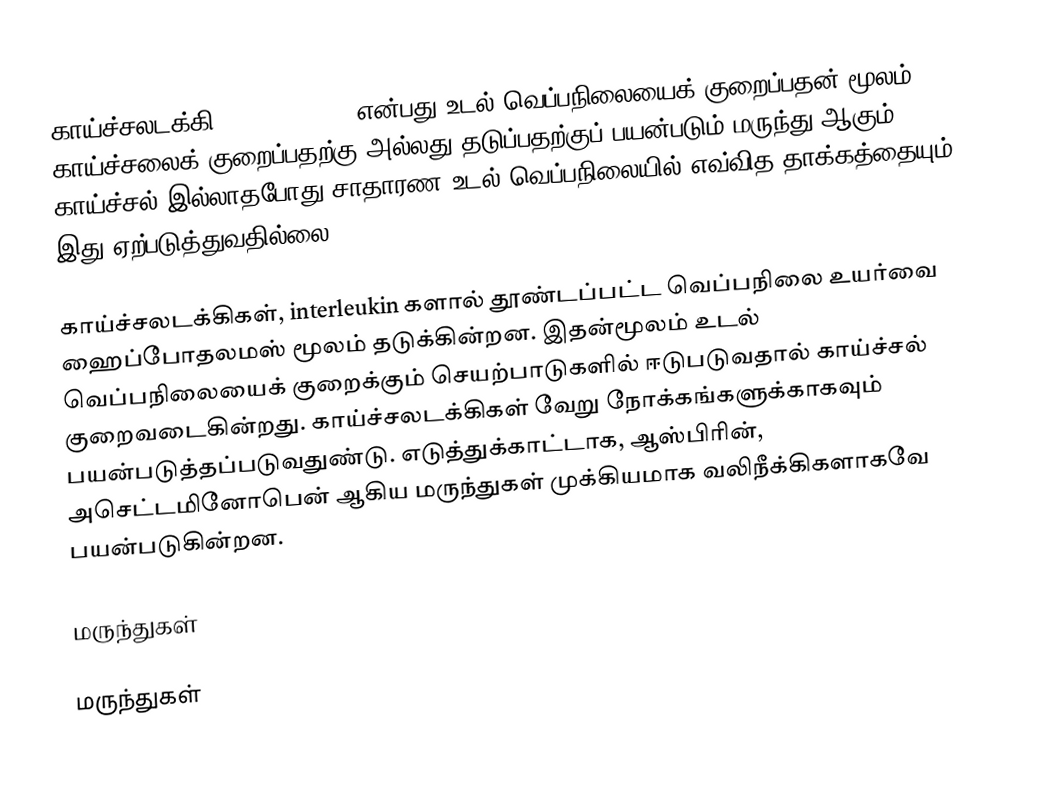
காய்ச்சலடக்கி (Antipyretic) என்பது உடல் வெப்பநிலையைக் குறைப்பதன் மூலம், காய்ச்சலைக் குறைப்பதற்கு அல்லது தடுப்பதற்குப் பயன்படும் மருந்து ஆகும். காய்ச்சல் இல்லாதபோது சாதாரண உடல் வெப்பநிலையில் எவ்வித தாக்கத்தையும் இது ஏற்படுத்துவதில்லை.

காய்ச்சலடக்கிகள், interleukin களால் தூண்டப்பட்ட வெப்பநிலை உயர்வை ஹைப்போதலமஸ் மூலம் தடுக்கின்றன. இதன்மூலம் உடல் வெப்பநிலையைக் குறைக்கும் செயற்பாடுகளில் ஈடுபடுவதால் காய்ச்சல் குறைவடைகின்றது. காய்ச்சலடக்கிகள் வேறு நோக்கங்களுக்காகவும் பயன்படுத்தப்படுவதுண்டு. எடுத்துக்காட்டாக, ஆஸ்பிரின், அசெட்டமினோபென் ஆகிய மருந்துகள் முக்கியமாக வலிநீக்கிகளாகவே பயன்படுகின்றன.

 மருந்துகள்

 மருந்துகள்